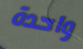
واحدة